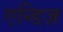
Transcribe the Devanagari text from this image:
एन्डिज़